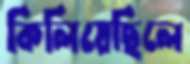
কিলিয়েছিলে